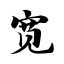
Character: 宽